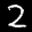
Label: 2